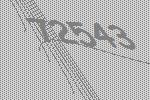
72543